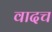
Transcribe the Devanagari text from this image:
वादच